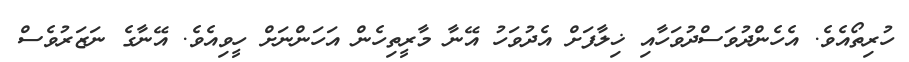
ހުރިތޯއެވެ. އެހެންދުވަސްދުވަހާއި ޚިލާފަށް އެދުވަހު އޭނާ މާރީތިހެން އަހަންނަށް ހީވިއެވެ. އޭނާގެ ނަޒަރުވެސް